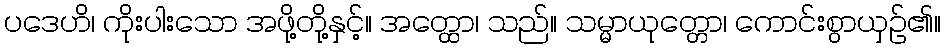
ပဒေဟိ၊ ကိုးပါးသော အဖို့တို့နှင့်။ အတ္ထော၊ သည်။ သမ္မာယုတ္တော၊ ကောင်းစွာယှဉ်၏။